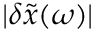
\lvert \delta \tilde { x } ( \omega ) \rvert